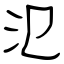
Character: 氾